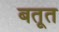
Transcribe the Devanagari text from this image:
बतूत